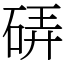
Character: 硦